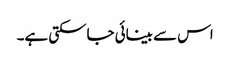
اس سے بینائی جاسکتی ہے۔